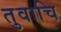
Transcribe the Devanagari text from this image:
तुवाचि